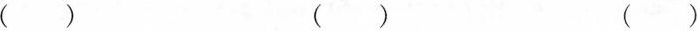
( ) ( ) ( )